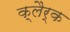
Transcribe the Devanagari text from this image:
क्लैर्क